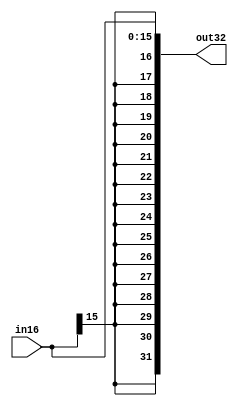
//----------------------------------------------------------------------------
//  signextend
//      Adds a and b and outputs their sum to sum. The `width` parameter
//      (default value 32) specifies the width, in bits, of a, b, and sum.
//   
//----------------------------------------------------------------------------

module signextend (out32, in16) ;
    input [15:0] in16;
    output reg[31:0] out32;

    always @(in16) begin         // Whenever 16-bit input changes,
        out32 = {{16{in16[15]}},{in16}};  // Precede in16 with 16 of its MSB
    end

endmodule